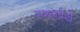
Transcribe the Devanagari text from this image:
स्मर्णार्थ